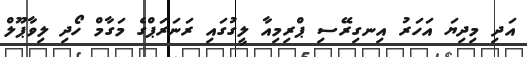
އަދި މިދިޔަ އަހަރު އިނގިރޭސި ޕްރިމިއާ ލީގުގައި ރަނަރަޕްގެ މަގާމް ހޯދި ލިވާޕޫލް